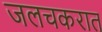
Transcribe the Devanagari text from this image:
जलचकरात